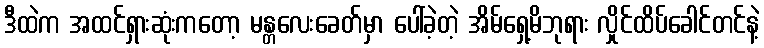
ဒီထဲက အထင်ရှားဆုံးကတော့ မန္တလေးခေတ်မှာ ပေါ်ခဲ့တဲ့ အိမ်ရှေ့မိဘုရား လှိုင်ထိပ်ခေါင်တင်နဲ့